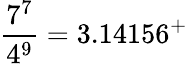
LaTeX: {\frac{7^{7}}{4^{9}}}=3.14156^{+}